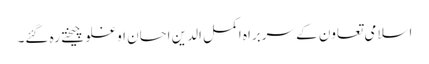
اسلامی تعاون کے سربراہ اکمل الدین احسان اوغلو چیختے رہ گئے۔